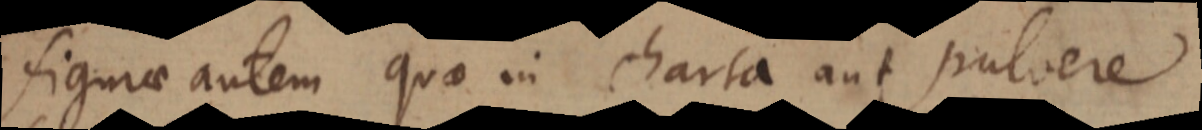
Figurae autem quae in charta aut pulvere